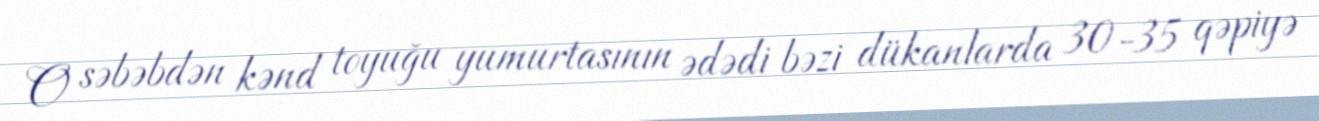
O səbəbdən kənd toyuğu yumurtasının ədədi bəzi dükanlarda 30-35 qəpiyə